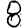
Digit: 8